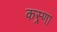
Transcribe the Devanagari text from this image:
कस्र्णा